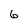
Character: 6